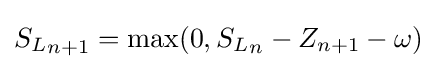
{S_{L}}_{n+1}=\max(0,{S_{L}}_{n}-Z_{n+1}-\omega )